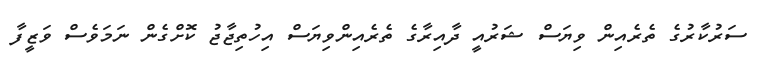
ސަރުކާރުގެ ތެރެއިން ވިޔަސް ޝަރުއީ ދާއިރާާގެ ތެރެއިންވިޔަސް އިހުތިޖާޖު ކޮށްގެން ނަމަވެސް ވަޒީފާ